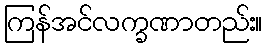
ကြန်အင်လက္ခဏာတည်း။